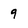
Character: 9